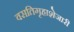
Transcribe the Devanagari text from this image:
वसतिगृहाशेजारी